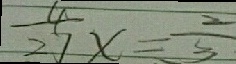
\frac { 4 } { 2 7 } x = \frac { 2 } { 3 }